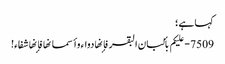
کہا ہے ؛
7509 - علیکم بألبان البقر فإنها دواء وأسمانها فإنها شفاء!